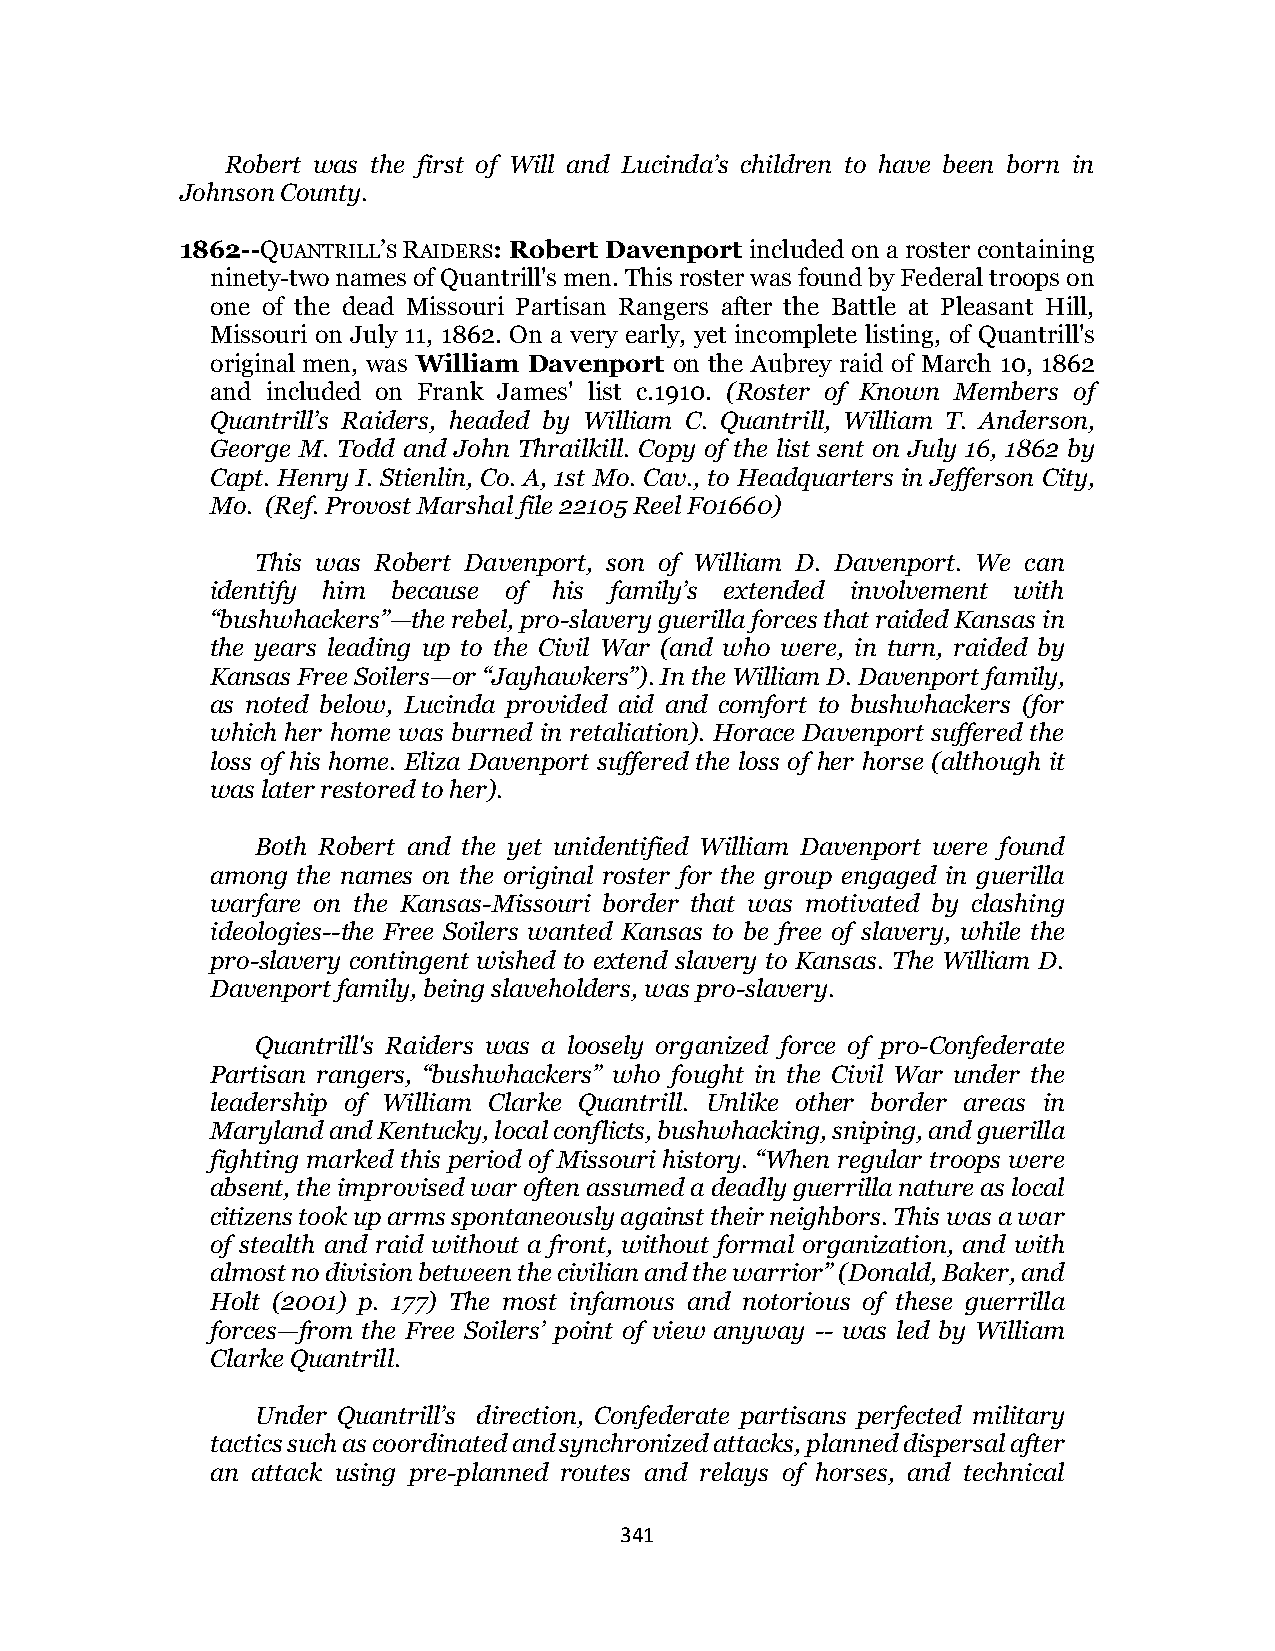
Robert was the first of Will and Lucinda’s children to have been born in
 Johnson County.
 1862--QUANTRILL’S RAIDERS: Robert Davenport included on a roster containing
 ninety-two names of Quantrill's men. This roster was found by Federal troops on
 one of the dead Missouri Partisan Rangers after the Battle at Pleasant Hill,
 Missouri on July 11, 1862. On a very early, yet incomplete listing, of Quantrill's
 original men, was William Davenport on the Aubrey raid of March 10, 1862
 and included on Frank James' list c.1910. (Roster of Known Members of
 Quantrill’s Raiders, headed by William C. Quantrill, William T. Anderson,
 George M. Todd and John Thrailkill. Copy of the list sent on July 16, 1862 by
 Capt. Henry I. Stienlin, Co. A, 1st Mo. Cav., to Headquarters in Jefferson City,
 Mo. (Ref. Provost Marshal file 22105 Reel F01660)
 This was Robert Davenport, son of William D. Davenport. We can
 identify him because of his family’s extended involvement with
 “bushwhackers”—the rebel, pro-slavery guerilla forces that raided Kansas in
 the years leading up to the Civil War (and who were, in turn, raided by
 Kansas Free Soilers—or “Jayhawkers”). In the William D. Davenport family,
 as noted below, Lucinda provided aid and comfort to bushwhackers (for
 which her home was burned in retaliation). Horace Davenport suffered the
 loss of his home. Eliza Davenport suffered the loss of her horse (although it
 was later restored to her).
 Both Robert and the yet unidentified William Davenport were found
 among the names on the original roster for the group engaged in guerilla
 warfare on the Kansas-Missouri border that was motivated by clashing
 ideologies--the Free Soilers wanted Kansas to be free of slavery, while the
 pro-slavery contingent wished to extend slavery to Kansas. The William D.
 Davenport family, being slaveholders, was pro-slavery.
 Quantrill's Raiders was a loosely organized force of pro-Confederate
 Partisan rangers, “bushwhackers” who fought in the Civil War under the
 leadership of William Clarke Quantrill. Unlike other border areas in
 Maryland and Kentucky, local conflicts, bushwhacking, sniping, and guerilla
 fighting marked this period of Missouri history. “When regular troops were
 absent, the improvised war often assumed a deadly guerrilla nature as local
 citizens took up arms spontaneously against their neighbors. This was a war
 of stealth and raid without a front, without formal organization, and with
 almost no division between the civilian and the warrior” (Donald, Baker, and
 Holt (2001) p. 177) The most infamous and notorious of these guerrilla
 forces—from the Free Soilers’ point of view anyway -- was led by William
 Clarke Quantrill.
 Under Quantrill’s direction, Confederate partisans perfected military
 tactics such as coordinated and synchronized attacks, planned dispersal after
 an attack using pre-planned routes and relays of horses, and technical
 341